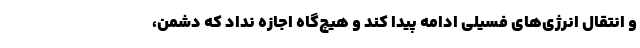
و انتقال انرژی‌های فسیلی ادامه پیدا کند و هیچ‌گاه اجازه نداد که دشمن،